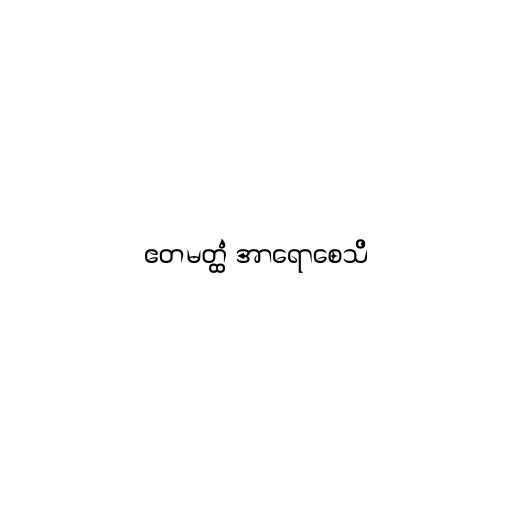
ဧတမတ္ထံ အာရောစေသိ